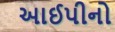
આઈપીનો